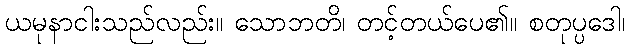
ယမုနာငါးသည်လည်း။ သောဘတိ၊ တင့်တယ်ပေ၏။ စတုပ္ပဒေါ၊